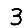
Digit: 3